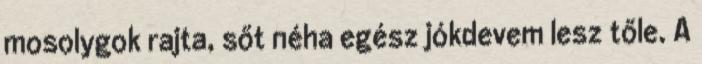
mosolygok rajta, sőt néha egész jókdevem lesz tőle. A